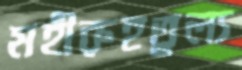
মহীরুহতুল্য